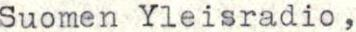
Suomen Yleisradio,